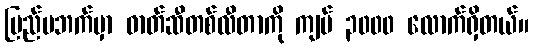
ပြည်မဘက်မှာ ဓာတ်ဆီတစ်လီတာကို ကျပ် ၃၀၀၀ လောက်ရှိတယ်။